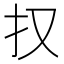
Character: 𭠎